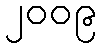
၂၀၀၉